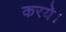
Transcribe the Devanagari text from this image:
करये।